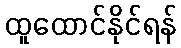
ထူထောင်နိုင်ရန်